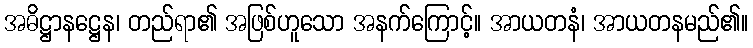
အဓိဋ္ဌာနဋ္ဌေန၊ တည်ရာ၏ အဖြစ်ဟူသော အနက်ကြောင့်။ အာယတနံ၊ အာယတနမည်၏။